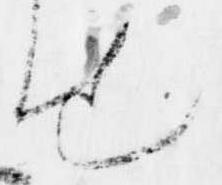
せ